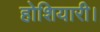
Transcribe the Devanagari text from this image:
होशियारी।